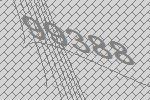
99388